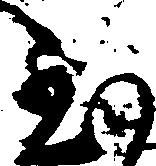
至